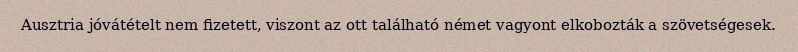
Ausztria jóvátételt nem fizetett, viszont az ott található német vagyont elkobozták a szövetségesek.